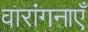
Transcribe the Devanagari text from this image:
वारांगनाएँ